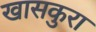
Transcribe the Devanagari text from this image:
खासकुरा